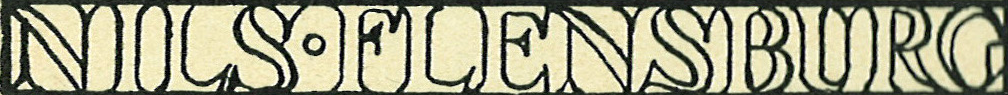
NILS.FLENSBURG